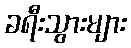
ခရီးသွားများ